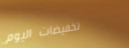
تخفيضات اليوم